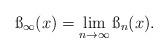
LaTeX: \begin{align*}\ss_\infty(x)=\lim_{n\rightarrow \infty} \ss_n(x). \end{align*}